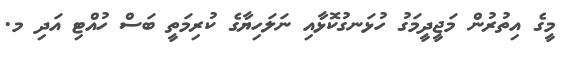
މީގެ އިތުރުން މަޖީދީމަގު ހުޅަނގުކޮޅާއި ނަލަހިޔާގެ ކުރިމަތީ ބަސް ހުއްޓި އަދި މ.